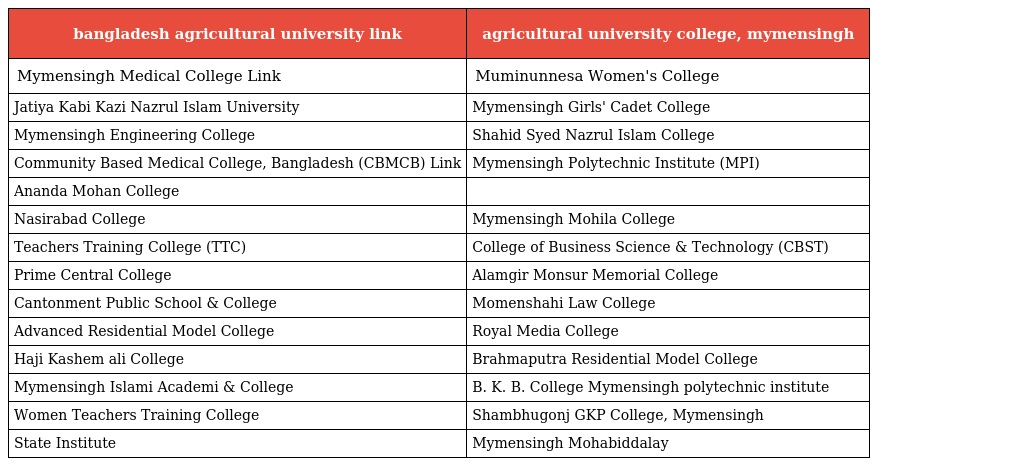
| bangladesh agricultural university link | agricultural university college, mymensingh |
 | --- | --- |
 | Mymensingh Medical College Link | Muminunnesa Women's College |
 | Jatiya Kabi Kazi Nazrul Islam University | Mymensingh Girls' Cadet College |
 | Mymensingh Engineering College | Shahid Syed Nazrul Islam College |
 | Community Based Medical College, Bangladesh (CBMCB) Link | Mymensingh Polytechnic Institute (MPI) |
 | Ananda Mohan College |  |
 | Nasirabad College | Mymensingh Mohila College |
 | Teachers Training College (TTC) | College of Business Science & Technology (CBST) |
 | Prime Central College | Alamgir Monsur Memorial College |
 | Cantonment Public School & College | Momenshahi Law College |
 | Advanced Residential Model College | Royal Media College |
 | Haji Kashem ali College | Brahmaputra Residential Model College |
 | Mymensingh Islami Academi & College | B. K. B. College Mymensingh polytechnic institute |
 | Women Teachers Training College | Shambhugonj GKP College, Mymensingh |
 | State Institute | Mymensingh Mohabiddalay |